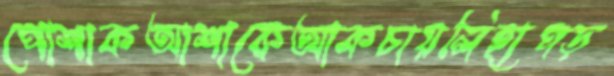
পোশাকআশাকেআকচায়লিহাপড়